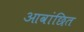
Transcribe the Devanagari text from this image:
आवांछित